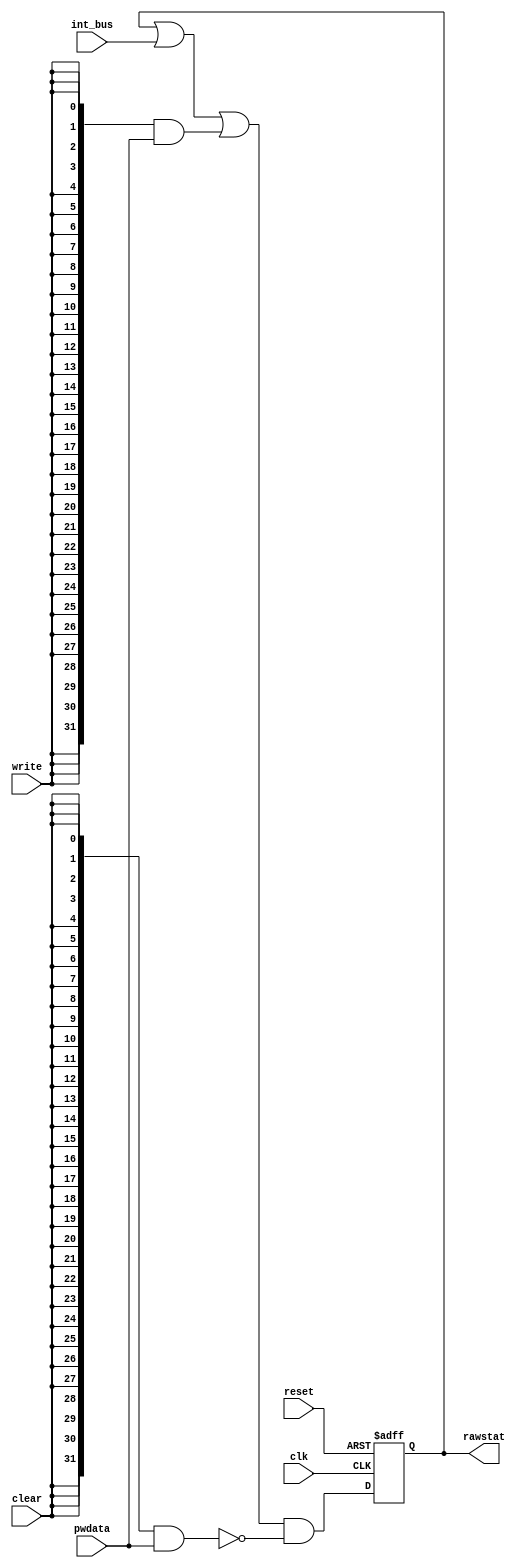
/////////////////////////////////////////////////////////////////////
////                                                             ////
////          eyal@provartec.com                                 ////
////                                                             ////
////  Downloaded from: http://www.opencores.org                  ////
/////////////////////////////////////////////////////////////////////
////                                                             ////
//// Copyright (C) 2010 Provartec LTD                            ////
//// www.provartec.com                                           ////
//// info@provartec.com                                          ////
////                                                             ////
//// This source file may be used and distributed without        ////
//// restriction provided that this copyright statement is not   ////
//// removed from the file and that any derivative work contains ////
//// the original copyright notice and the associated disclaimer.////
////                                                             ////
//// This source file is free software; you can redistribute it  ////
//// and/or modify it under the terms of the GNU Lesser General  ////
//// Public License as published by the Free Software Foundation.////
////                                                             ////
//// This source is distributed in the hope that it will be      ////
//// useful, but WITHOUT ANY WARRANTY; without even the implied  ////
//// warranty of MERCHANTABILITY or FITNESS FOR A PARTICULAR     ////
//// PURPOSE.  See the GNU Lesser General Public License for more////
//// details. http://www.gnu.org/licenses/lgpl.html              ////
////                                                             ////
/////////////////////////////////////////////////////////////////////
//---------------------------------------------------------
//-- File generated by RobustVerilog parser
//-- Version: 1.0
//-- Invoked Fri Mar 25 23:31:24 2011
//--
//-- Source file: prgen_rawstat.v
//---------------------------------------------------------


  
module  prgen_rawstat (clk,reset,clear,write,pwdata,int_bus,rawstat);

   parameter           SIZE = 32;
   
   input            clk;
   input            reset;
   
   input            clear;
   input            write;
   input [SIZE-1:0]    pwdata;
   input [SIZE-1:0]    int_bus;
   
   output [SIZE-1:0]   rawstat;
   
   
   
   reg [SIZE-1:0]      rawstat;
   wire [SIZE-1:0]     write_bus;
   wire [SIZE-1:0]     clear_bus;
   
   
   assign            write_bus = {SIZE{write}} & pwdata;
   assign            clear_bus = {SIZE{clear}} & pwdata;
   
   
   always @(posedge clk or posedge reset)
     if (reset) 
       rawstat <= #1 {SIZE{1'b0}};
     else 
       rawstat <= #1 (rawstat | int_bus | write_bus) & (~clear_bus);
   
endmodule